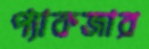
প্যাকজার